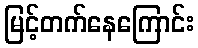
မြင့်တက်နေကြောင်း